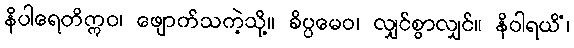
နိပါရေတိဣဝ၊ ဖျောက်သကဲ့သို့။ ခိပ္ပမေဝ၊ လျှင်စွာလျှင်။ နိဝါရယိံ၊